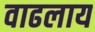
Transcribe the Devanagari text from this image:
वाढलाय